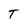
Character: T